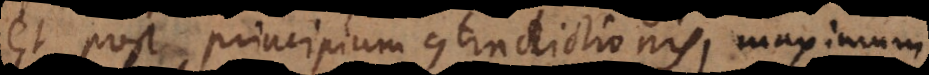
et post principium contradictionis, maximum